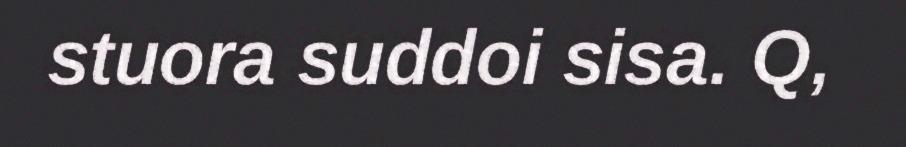
stuora suddoi sisa. Q,